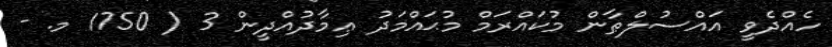
ހެއްދެވީ އައްސުލްޠާން މުކައްރަމް މުޙައްމަދު ޢިމާދުއްދީން 3 ( 1750 މ. -